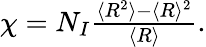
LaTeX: \begin{array}{r}{\chi=N_{I}\frac{\langle R^{2}\rangle-\langle R\rangle^{2}}{\langle R\rangle}.}\end{array}